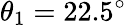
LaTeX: \theta_{1}=22.5^{\circ}